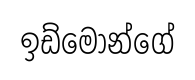
ඉඩ්මොන්ගේ